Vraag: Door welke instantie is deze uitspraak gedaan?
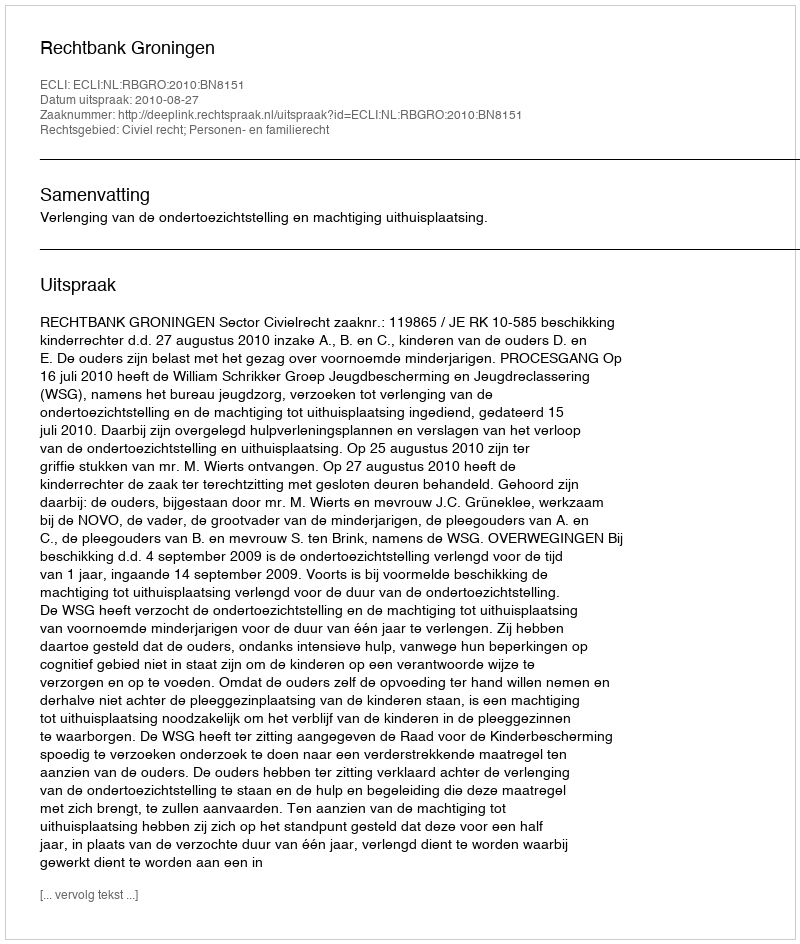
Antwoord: Rechtbank Groningen